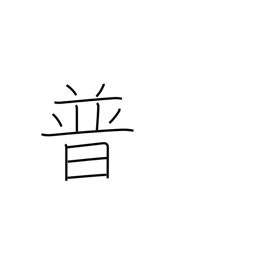
Meaning: Prussia